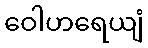
ဝေါဟရေယျံ